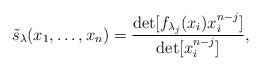
LaTeX: \begin{align*} \tilde s_\lambda(x_1,\dots, x_n)=\frac{\det[ f_{\lambda_j}(x_i)x_i^{n-j}]}{\det[x_i^{n-j}]}, \end{align*}